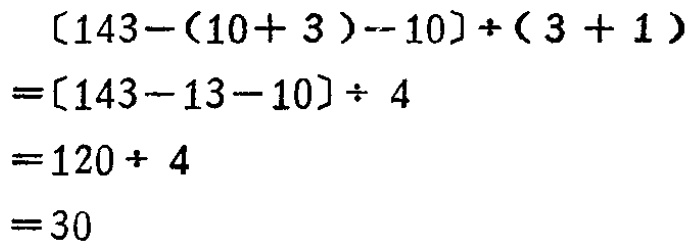
\[
\begin{align*}
[143-(10 + 3)-10]\div(3 + 1)&=[143-13-10]\div 4\\
&=[143-13-10]\div 4\\
&=120\div 4\\
&=30
\end{align*}
\]